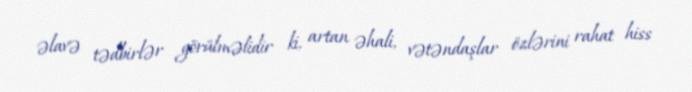
əlavə tədbirlər görülməlidir ki, artan əhali, vətəndaşlar özlərini rahat hiss